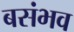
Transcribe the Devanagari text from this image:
बसंभव